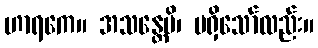
ဟာရကေ။ အသန္တေပိ၊ မရှိသော်လည်း။